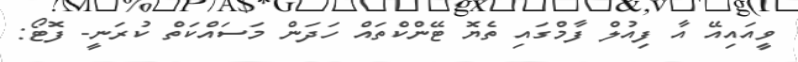
ވީއައިއޭ އާ ފިއުލް ފާމްގައި ތެޔޮ ޓޭންކްތައް ހަދަން މަސައްކަތް ކުރަނީ- ފޮޓޯ: